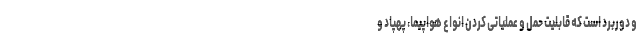
و دوربرد است که قابلیت حمل و عملیاتی کردن انواع هواپیما، پهپاد و